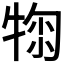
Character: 𤚂